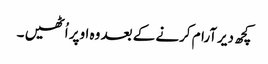
کچھ دیرآرام کرنے کے بعد وہ اوپر اُٹھیں ۔